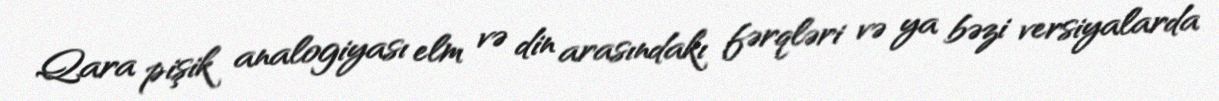
Qara pişik analogiyası elm və din arasındakı fərqləri və ya bəzi versiyalarda